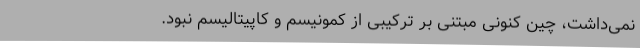
نمی‌داشت، چین کنونی مبتنی بر ترکیبی از کمونیسم و کاپیتالیسم نبود.